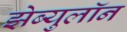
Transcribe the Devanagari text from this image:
झेब्युलॉन